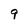
Character: 9